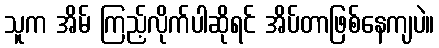
သူက အိမ် ကြည့်လိုက်ပါဆိုရင် အိပ်တာဖြစ်နေကျပဲ။